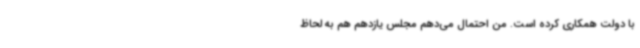
با دولت همکاری کرده است. من احتمال می‌دهم مجلس یازدهم هم به لحاظ